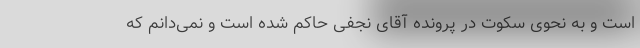
است و به نحوی سکوت در پرونده آقای نجفی حاکم شده است و نمی‌دانم که